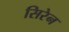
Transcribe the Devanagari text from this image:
सिरेन